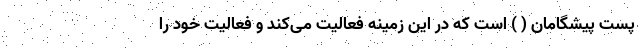
پست پیشگامان ( ) است که در این زمینه فعالیت می‌کند و فعالیت خود را